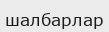
шалбарлар